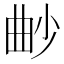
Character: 𣌱